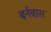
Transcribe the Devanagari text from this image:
बर्नबास